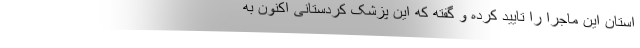
استان این ماجرا را تایید کرده و گفته که این پزشک کردستانی اکنون به